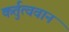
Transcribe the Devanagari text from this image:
कर्तुत्ववान